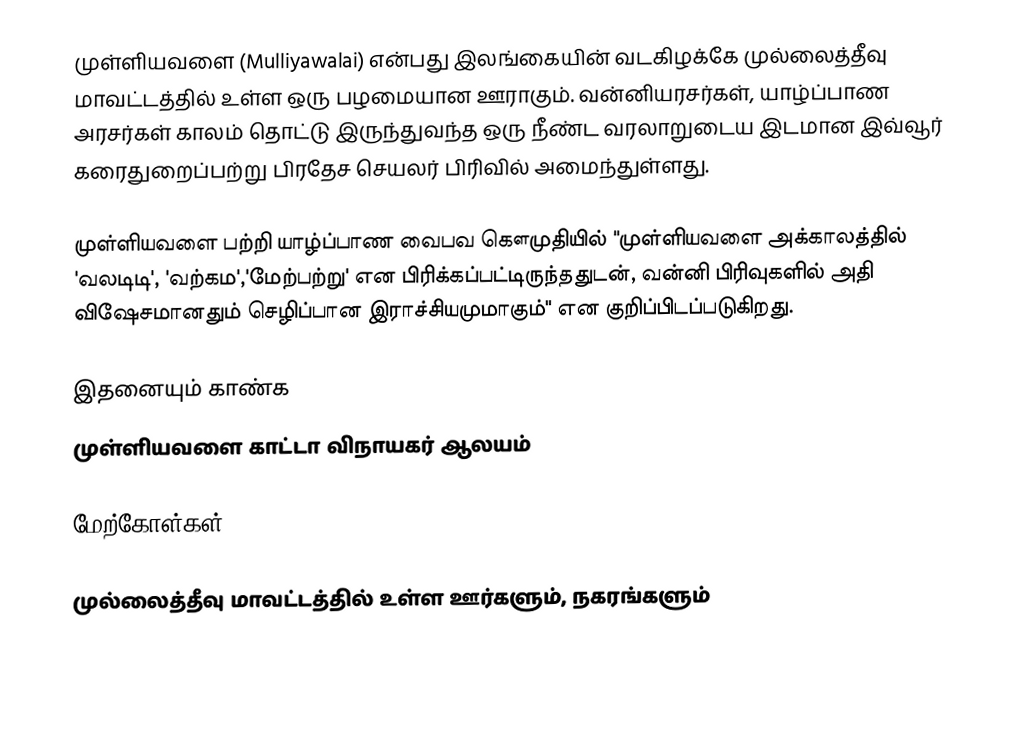
முள்ளியவளை (Mulliyawalai) என்பது இலங்கையின் வடகிழக்கே முல்லைத்தீவு மாவட்டத்தில் உள்ள ஒரு பழமையான ஊராகும். வன்னியரசர்கள், யாழ்ப்பாண அரசர்கள் காலம் தொட்டு இருந்துவந்த ஒரு நீண்ட வரலாறுடைய இடமான இவ்வூர் கரைதுறைப்பற்று பிரதேச செயலர் பிரிவில் அமைந்துள்ளது.

முள்ளியவளை பற்றி யாழ்ப்பாண வைபவ கௌமுதியில் "முள்ளியவளை அக்காலத்தில் 'வலடிடி', 'வற்கம','மேற்பற்று' என பிரிக்கப்பட்டிருந்ததுடன், வன்னி பிரிவுகளில் அதி விஷேசமானதும் செழிப்பான இராச்சியமுமாகும்" என குறிப்பிடப்படுகிறது.

இதனையும் காண்க
 முள்ளியவளை காட்டா விநாயகர் ஆலயம்

மேற்கோள்கள்

முல்லைத்தீவு மாவட்டத்தில் உள்ள ஊர்களும், நகரங்களும்